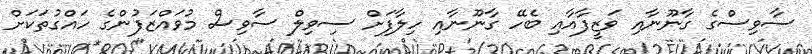
ސާވިސްގެ ގާނޫނާއި ވަޒީފާއާއި ބެހޭ ގާނޫނާއި ހިލާފަށް ސިވިލް ސާވިސް މުވައްޒަފުންގެ ހައްގުތަކަށް